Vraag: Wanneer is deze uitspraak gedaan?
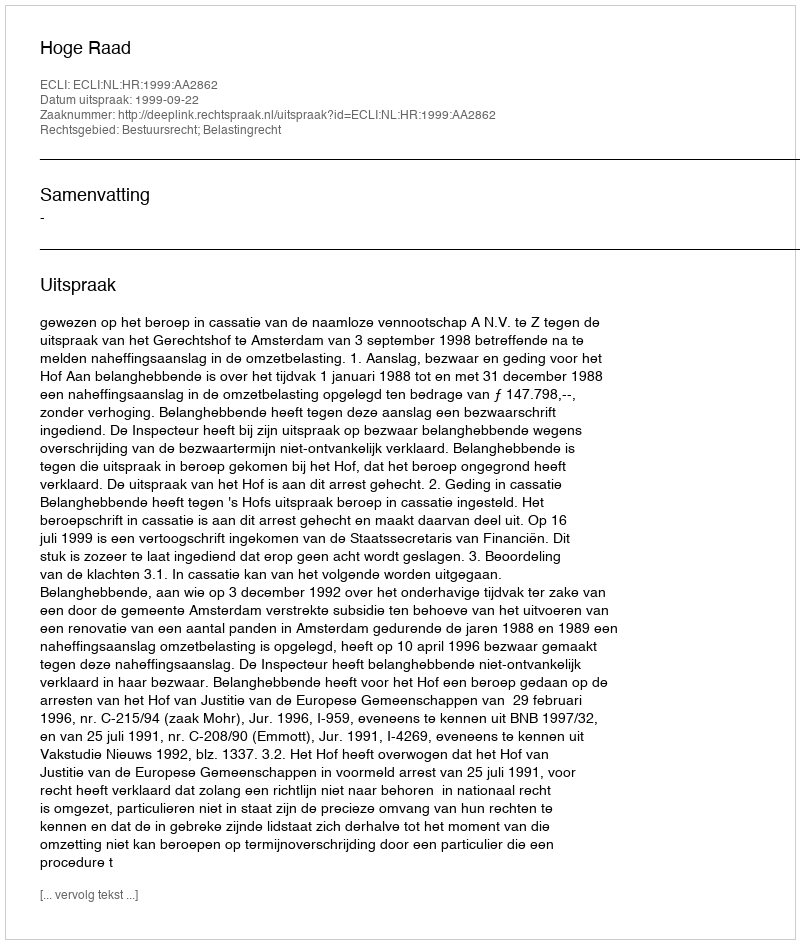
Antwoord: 1999-09-22